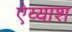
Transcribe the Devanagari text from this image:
ऐय्याश